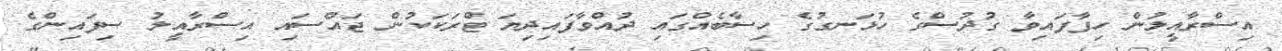
އިސްރާއީލުން ހިފާފައިވާ ގުދުސްގެ ހުޅަނގުގެ ހިސާބެއްގައި ދުއްވާފައިދިޔަ ޓްރަކަކުން ޖައްސައި އިސްރާއީލު ސިފައިންގެ